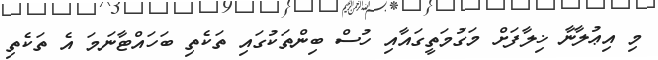
މި އިޢުލާނާ ޚިލާފަށް މަގުމަތީގައާއި ހުސް ބިންތަކުގައި ތަކެތި ބަހައްޓާނަމަ އެ ތަކެތި